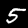
Digit: 5